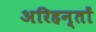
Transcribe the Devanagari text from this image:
अरिहन्तों